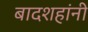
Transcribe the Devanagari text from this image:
बादशहांनी